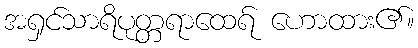
အရှင်သာရိပုတ္တရာထေရ် ဟောထား၏။